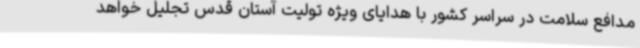
مدافع سلامت در سراسر کشور با هدایای ویژه تولیت آستان قدس تجلیل خواهد